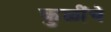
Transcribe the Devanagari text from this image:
कुळींचे